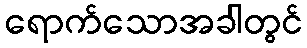
ရောက်သောအခါတွင်